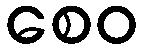
စေဝ